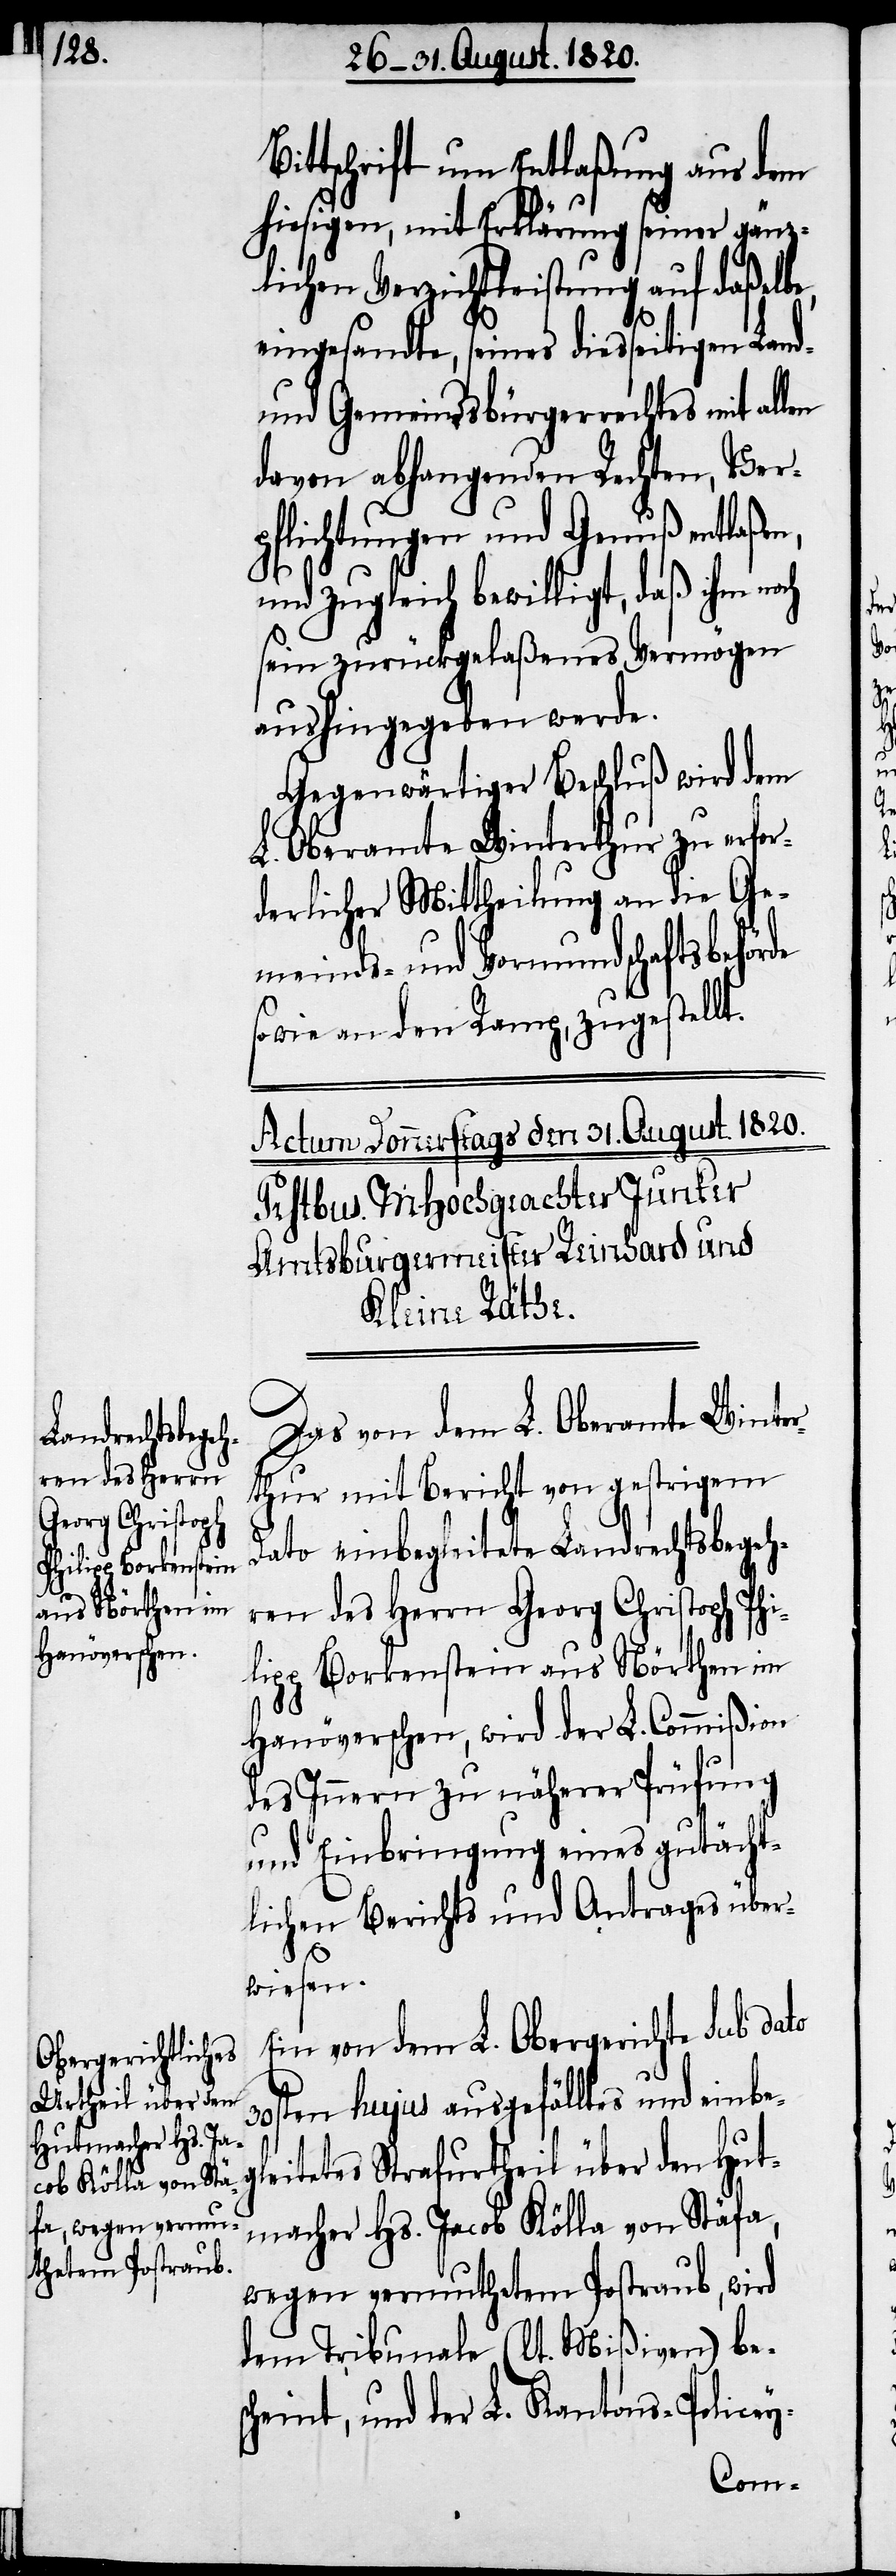
Bittschrift um Entlaßung aus dem
hiesigem, mit Erklärung seiner gänz¬
lichen Verzichtleistung auf daß alte,
eingesandte, seines diesseitigen Lan¬
und Gemeindsbürgerrechtes mit al¬
davon abhangenden Rechten, Ver¬
pflichtungen und Genuß entlaßen,
d-
len
und zugleich bewilligt, daß ihm noch
sein zurückgelaßenes Vermögen
aushingegeben werde.
Gegenwärtiger Beschluß wird dem
L. Oberamte Winterthur zu erfor¬
derlicher Mittheilung an die Ge¬
meinds- und Vormundschaftsbehörde
sowie an den Ramp, zugestellt.
Das von dem L. Oberamte Winter¬
thur mit Bericht von gestrigem
Dato einbegleitete Landrathsbegeh¬
ren des Herrn Georg Christoph Phi¬
lipp Borkenstein aus Nörthen im
Hanöverschen, wird der L. Commißion
des Innern zu näherer Prüfung
und Einbringung eines gutächt¬
lichen Berichts und Antrages über¬
wiesen.
Ein von dem L. Obergerichte sub dato
30sten hujus ausgefälltes und einbe¬
gleitetes Strafurtheil über den Hut¬
macher Hs. Jacob Kölla von Stäfa,
wegen vermuthetem Postraub, wird
dem Tribunale (lt. Mißiven) be¬
scheint, und der L. Kantons-Policey-